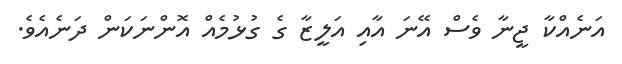
އަނެއްކާ ޖީނާ ވެސް އޭނަ އާއި އަލީޒާ ގެ ގުޅުމެއް އޮންނަކަން ދަނެއެވެ.